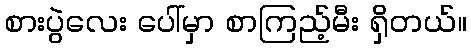
စားပွဲလေး ပေါ်မှာ စာကြည့်မီး ရှိတယ်။